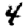
Digit: 4